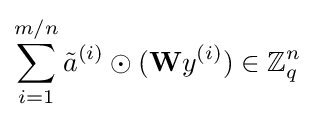
\sum _{i=1}^{m/n}{\tilde {a}}^{(i)}\odot ({\textbf {W}}y^{(i)})\in \mathbb {Z} _{q}^{n}